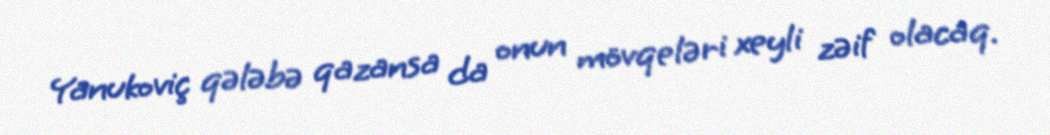
Yanukoviç qələbə qazansa da onun mövqeləri xeyli zəif olacaq.